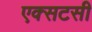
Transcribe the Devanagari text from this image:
एक्सटसी